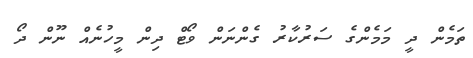
ތަމެން ދީ މަމެންގެ ސަރުކާރު ގެންނަން ވޯޓް ދިން މީހުނެއް ނޫން ދޯ